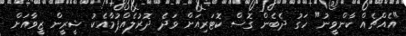
"އެއްޗެއް ކާންވީނު" ހަގު ދެބެން ގޮސް ކޮޓަރިއަށް ވަދެ ދޮރުލެއްޕުމާއެކު ޝީރީން ޒީވާއަށް